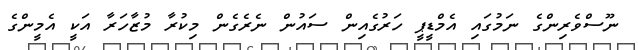
ނޫސްވެރިންގެ ނަމުގައި އެމްޑީޕީ ހަރުގެއިން ސައުން ނެރެގެން މިކުރާ މުޒާހަރާ އަކީ އެމީންގެ